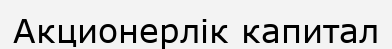
Акционерлік капитал